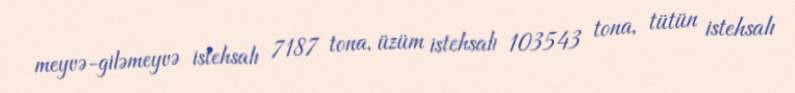
meyvə-giləmeyvə istehsalı 7187 tona, üzüm istehsalı 103543 tona, tütün istehsalı